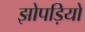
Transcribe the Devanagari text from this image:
झोपड़ियो